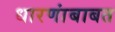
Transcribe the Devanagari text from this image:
धारणांबाबत